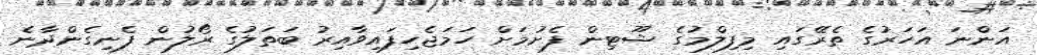
އަންނަ އަހަރުގެ ތެރޭގައި މިފިލްމުގެ ޝޫޓިން ފެށުމަށް ހަމަޖެހިފައިވާއިރު ބަތަލުގެ ރޯލުން ފެނިގެންދާނެ